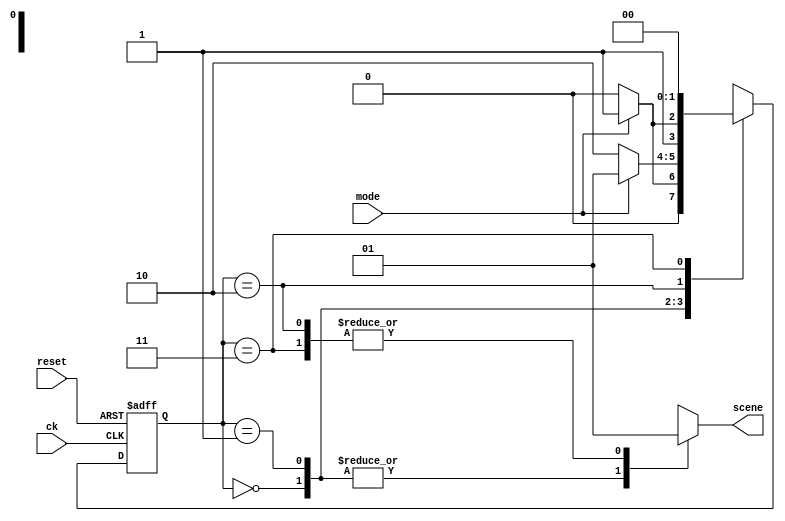
`timescale 1ns / 1ps
//////////////////////////////////////////////////////////////////////////////////
// Company: 
// Engineer: 
// 
// Design Name: 
// Module Name: mode
// Project Name: 
// Target Devices: 
// Tool Versions: 
// Description: 
// 
// Dependencies: 
// 
// Revision:
// Revision 0.01 - File Created
// Additional Comments:
// 
//////////////////////////////////////////////////////////////////////////////////


module mode(
    input ck,
    input reset,
    input mode,
    output reg scene
    );
    
   reg [1:0] state, state_next;
   parameter CLOCK_MODE = 2'b00;
   parameter transition = 2'b01;
   parameter ALLARM_MODE = 2'b10;
   parameter transition1 = 2'b11;
   
   always @(posedge ck, posedge reset)
   if(reset) state<=0;
   else state<=state_next;
   
   always @(state,mode)
   case(state)
   CLOCK_MODE: if(mode) state_next= transition; else state_next=CLOCK_MODE;
   transition: if(mode) state_next=transition; else state_next=ALLARM_MODE;
   ALLARM_MODE: if(mode) state_next=transition1; else state_next=ALLARM_MODE;
   transition1: state_next=CLOCK_MODE;
   default:state_next=CLOCK_MODE;
   endcase
   
  always @(state)
  case(state) 
  CLOCK_MODE: scene=0;
  transition: scene=0;
  ALLARM_MODE: scene=1;
  transition1:scene=1;
  default:scene=0;
  endcase
  
   endmodule